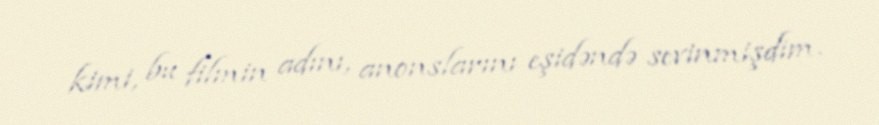
kimi, bu filmin adını, anonslarını eşidəndə sevinmişdim.